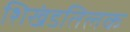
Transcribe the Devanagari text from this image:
शिखंडतिलक